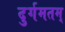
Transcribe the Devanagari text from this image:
दुर्गमतम्